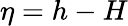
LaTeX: \eta=h-H